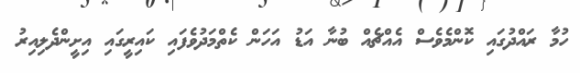
ހުމާ ރައްދުގައި ކޮންމެވެސް އެއްޗެއް ބުނާ އަޑު އަހަން ކެތްމަދުވެފައި ކައިރީގައި އިށީންދެލިއިރު